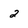
Character: 2